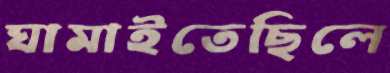
ঘামাইতেছিলে